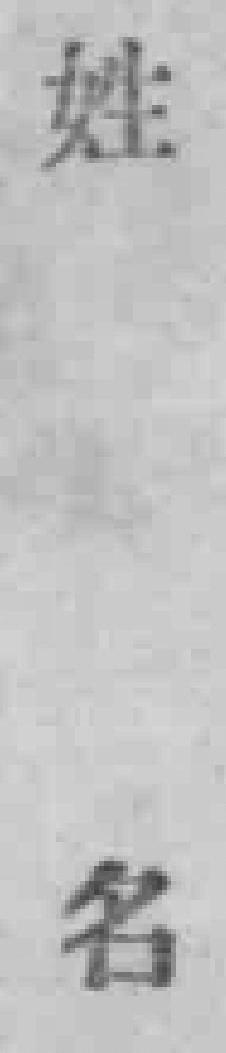
姓名